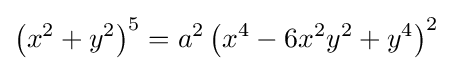
\left(x^{2}+y^{2}\right)^{5}=a^{2}\left(x^{4}-6x^{2}y^{2}+y^{4}\right)^{2}